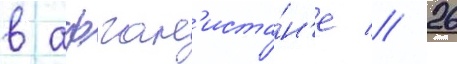
в афган'иста́н'е // 26